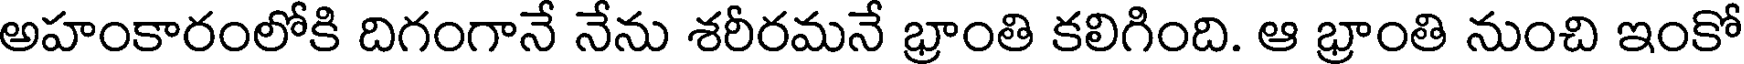
అహంకారంలోకి దిగంగానే నేను శరీరమనే భ్రాంతి కలిగింది. ఆ భ్రాంతి నుంచి ఇంకో